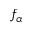
f _ { \alpha }